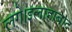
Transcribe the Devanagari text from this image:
लगे।इलाहाबाद